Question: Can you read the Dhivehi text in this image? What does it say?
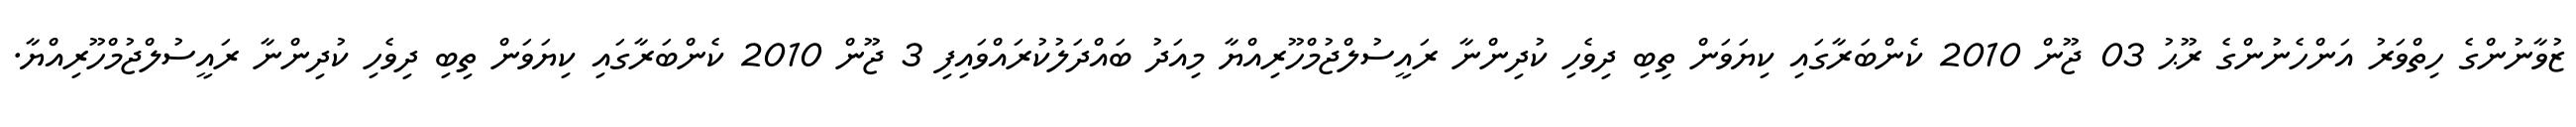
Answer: ޒުވާނުންގެ ހިތްވަރު އަންހެނުންގެ ރޫޙު 03 ޖޫން 2010 ކެންބަރާގައި ކިޔަވަން ތިބި ދިވެހި ކުދިންނާ ރައީސުލްޖުމްހޫރިއްޔާ މިއަދު ބައްދަލުކުރައްވައިފި 3 ޖޫން 2010 ކެންބަރާގައި ކިޔަވަން ތިބި ދިވެހި ކުދިންނާ ރައީސުލްޖުމްހޫރިއްޔާ.